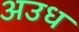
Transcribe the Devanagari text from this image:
अउध